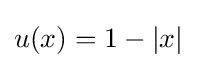
u(x)=1-|x|